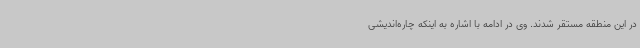
در این منطقه مستقر شدند. وی در ادامه با اشاره به اینکه چاره‌اندیشی